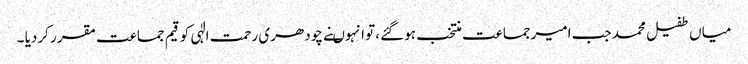
میاں طفیل محمد جب امیرجماعت منتخب ہوگئے ،تو انہوںنے چودھری رحمت الٰہی کو قیم جماعت مقرر کردیا ۔